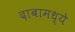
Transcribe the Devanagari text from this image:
दाबामध्ये